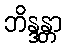
ဘိန္ဒန္တာ